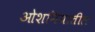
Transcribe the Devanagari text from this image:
ओशनियातील